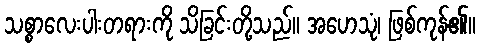
သစ္စာလေးပါးတရားကို သိခြင်းတို့သည်။ အဟေသုံ၊ ဖြစ်ကုန်၏။